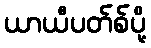
ယာယီပတ်စ်ပို့